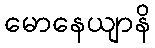
မောနေယျာနိ